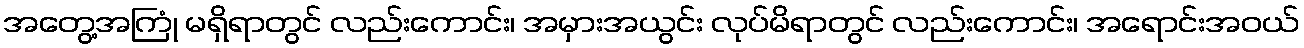
အတွေ့အကြုံ မရှိရာတွင် လည်းကောင်း၊ အမှားအယွင်း လုပ်မိရာတွင် လည်းကောင်း၊ အရောင်းအဝယ်